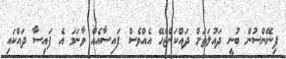
ފިނޭންސުން ބުނީ ދައުލަތަށް ދައްކަންޖެހޭ އެއްވެސް ފައިސާއެއް ވާނަމަ އެ ފައިސާ ދައްކައި